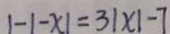
\vert - 1 - x \vert = 3 \vert x \vert - 7